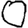
Digit: 0